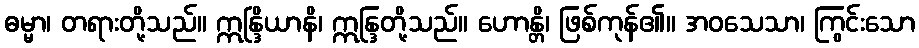
ဓမ္မာ၊ တရားတို့သည်။ ဣန္ဒြိယာနိ၊ ဣန္ဒြတို့သည်။ ဟောန္တိ၊ ဖြစ်ကုန်၏။ အဝသေသာ၊ ကြွင်းသော